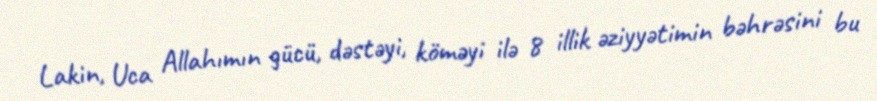
Lakin, Uca Allahımın gücü, dəstəyi, köməyi ilə 8 illik əziyyətimin bəhrəsini bu